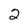
Character: 2